Problem: 10 + 26 = ?
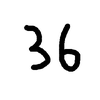
Handwritten answer: 36